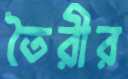
তৈরীর